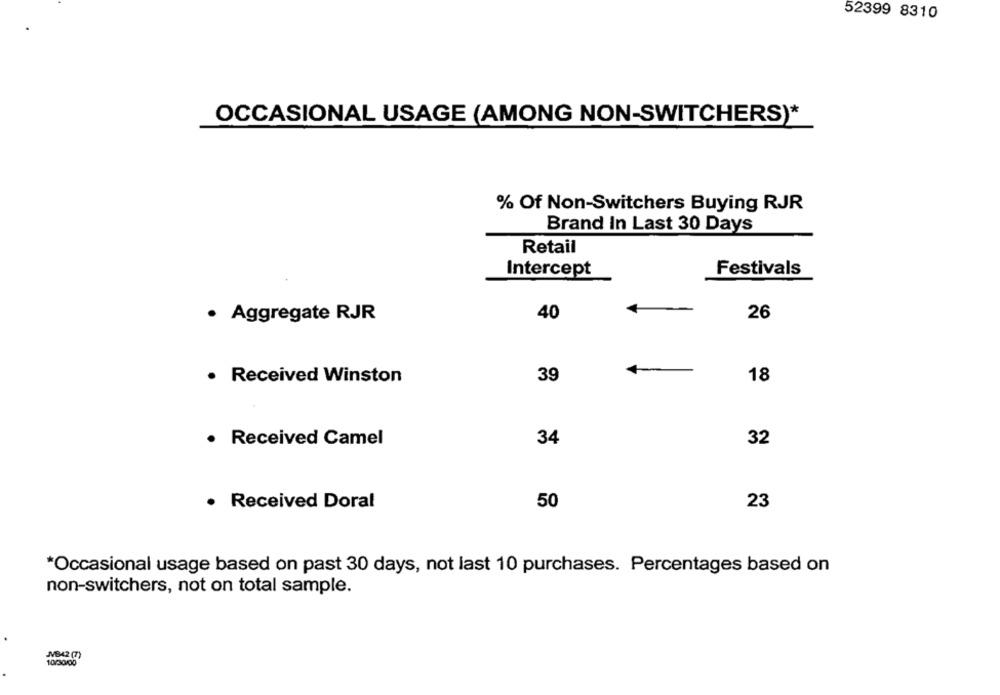
52399 8310
OCCASIONAL USAGE (AMONG NON-SWITCHERS)*
% Of Non-Switchers Buying RJR
Brand In Last 30 Days
Retail
Festivals
Intercept
· Aggregate RJR
40
26
· Received Winston
39
18
· Received Camel
34
32
· Received Doral
50
23
*Occasional usage based on past 30 days, not last 10 purchases. Percentages based on
non-switchers, not on total sample.
MB42 (7)
10/30/00